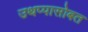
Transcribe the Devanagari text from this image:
उथप्पासोबत